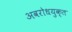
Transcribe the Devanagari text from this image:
अवरोधयुक्त